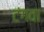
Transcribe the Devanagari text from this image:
टंगवा